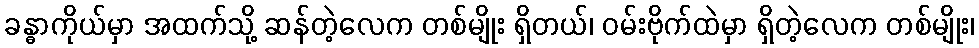
ခန္ဓာကိုယ်မှာ အထက်သို့ ဆန်တဲ့လေက တစ်မျိုး ရှိတယ်၊ ဝမ်းဗိုက်ထဲမှာ ရှိတဲ့လေက တစ်မျိုး၊